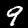
Digit: 9